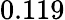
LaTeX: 0.119